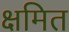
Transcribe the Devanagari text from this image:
क्षमित